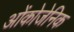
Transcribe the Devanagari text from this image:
ओंकोजेनिक